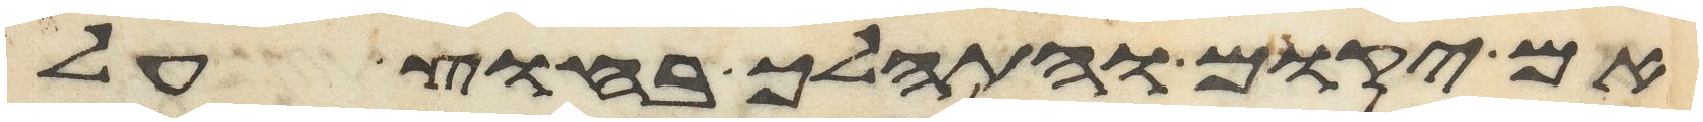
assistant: אם יקום והתהלך בחוץ על